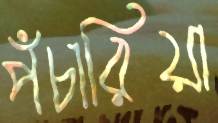
পঁচারিয়া